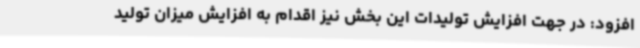
افزود: در جهت افزایش تولیدات این بخش نیز اقدام به افزایش میزان تولید